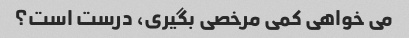
می خواهی کمی مرخصی بگیری، درست است؟